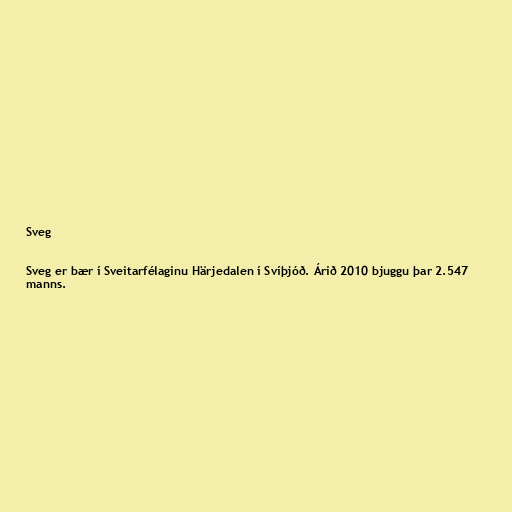
Sveg

Sveg er bær í Sveitarfélaginu Härjedalen í Svíþjóð. Árið 2010 bjuggu þar 2.547
manns.